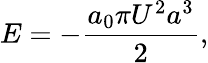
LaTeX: E=-\frac{a_{0}\pi U^{2}a^{3}}{2},